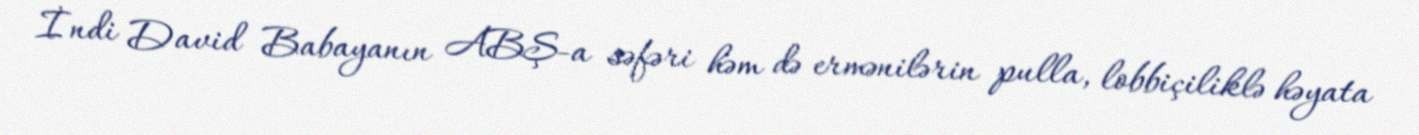
İndi David Babayanın ABŞ-a səfəri həm də ermənilərin pulla, lobbiçiliklə həyata